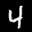
Label: 4